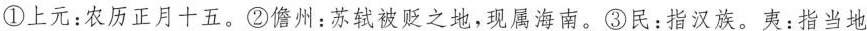
①上元：农历正月十五。②儋州：苏轼被贬之地，现属海南。③民：指汉族。夷：指当地